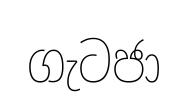
ගැටජා